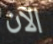
الآن